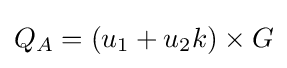
Q_{A}=(u_{1}+u_{2}k)\times G